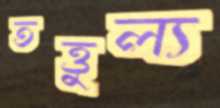
তত্তুল্য